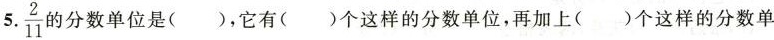
5.\frac{2}{11}的分数单位是()，它有()个这样的分数单位，再加上()个这样的分数单